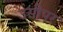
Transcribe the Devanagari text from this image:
उसीपर